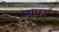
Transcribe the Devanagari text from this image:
नापरः